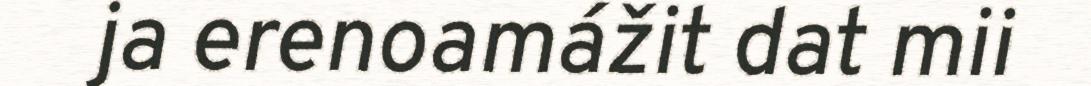
ja erenoamážit dat mii